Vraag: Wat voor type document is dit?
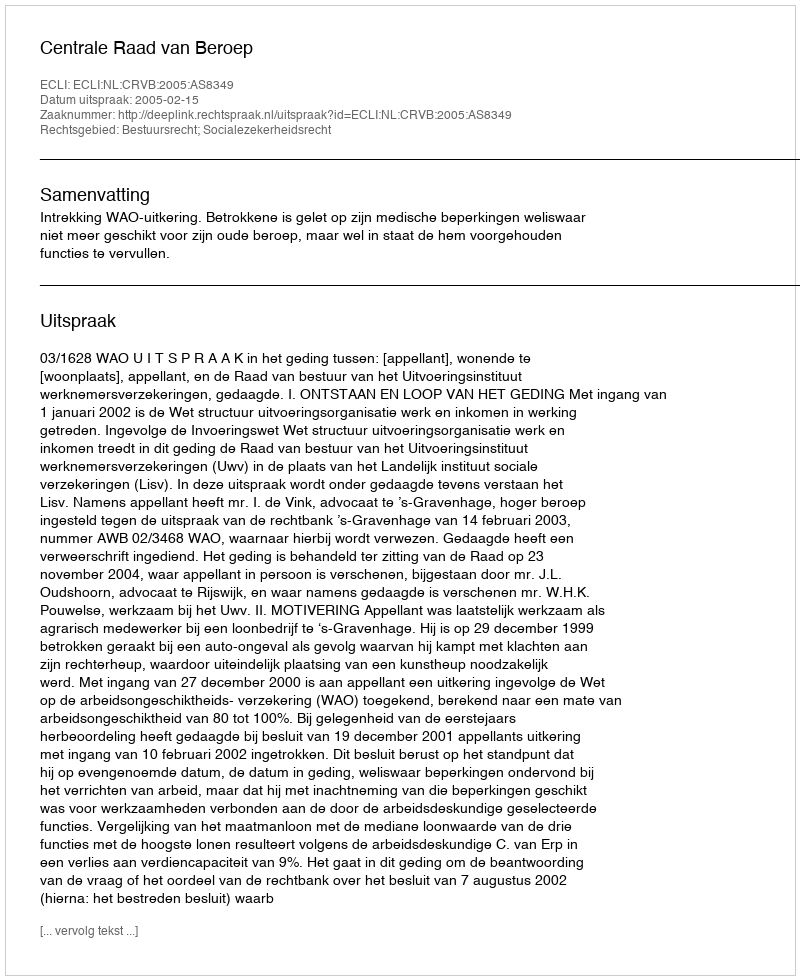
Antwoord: Uitspraak